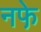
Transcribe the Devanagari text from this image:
नफे़